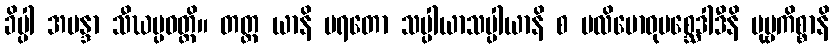
ခိပ္ပါ အမန္ဒာ သီဃပ္ပဝတ္တိ။ တတ္ထ ယာနိ ပရတော သပ္ပါယာသပ္ပါယာနိ စ ပလိဗောဓုပစ္ဆေဒါဒီနိ ပုဗ္ဗကိစ္စာနိ